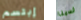
إبتسم لدينا